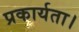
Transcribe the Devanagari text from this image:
प्रकार्यता।